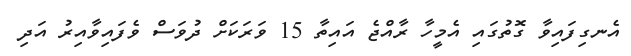
އެނގިފައިވާ ގޮތުގައި އެމީހާ ރާއްޖެ އައިތާ 15 ވަރަަކަށް ދުވަސް ވެފައިވާއިރު އަދި